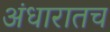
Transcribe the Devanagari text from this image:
अंधारातच